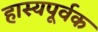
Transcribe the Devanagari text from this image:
हास्यपूर्वक